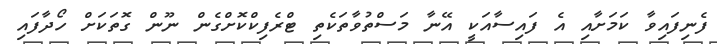
ފެނިފައިވާ ކަމަށާއި އެ ފައިސާއަކީ އޭނާ މަސްތުވާތަކެތި ޓްރެފިކްކޮށްގެން ނޫން ގޮތަކަށް ހޯދާފައި